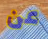
عن